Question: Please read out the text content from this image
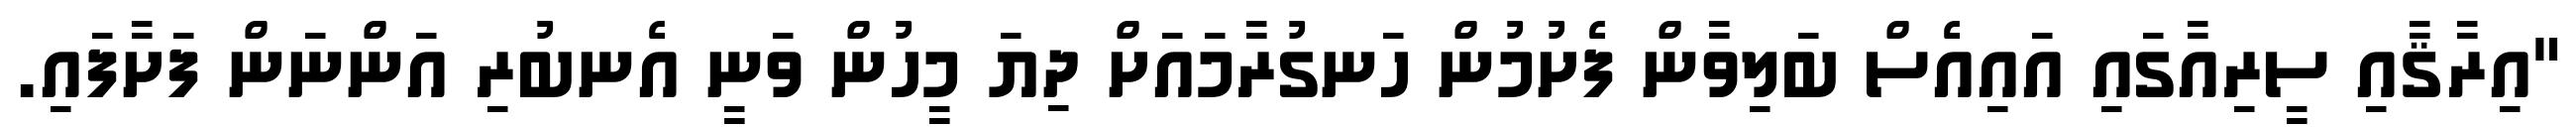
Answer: "އިރާޤާއި ސީރިއާގައި އައިއެސް ބަލިވާން ފެށުމުން ހަނގުރާމައަށް ދިޔަ މީހުން ވަނީ އެނބުރި އަންނަން ފަށާފައި.